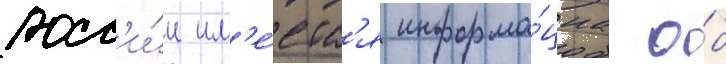
росс'и́и им'е́етс'я информа́циа о́б